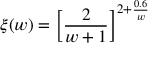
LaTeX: \xi ( w ) = \left[ \frac { 2 } { w + 1 } \right] ^ { 2 + \frac { 0 . 6 } { w } }